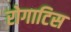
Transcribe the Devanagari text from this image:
रोगाटिस